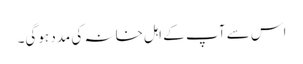
اس سے آپ کے اہل خانہ کی مدد ہوگی۔